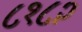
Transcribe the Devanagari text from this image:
८१८२